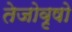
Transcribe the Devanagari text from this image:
तेजोवृषो